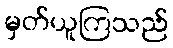
မှတ်ယူကြသည်